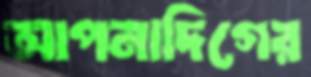
আপনাদিগের